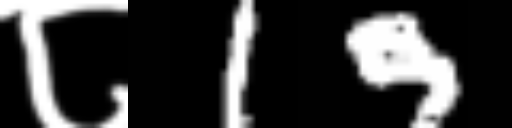
Text: ८19